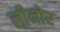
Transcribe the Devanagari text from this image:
लीनोर